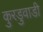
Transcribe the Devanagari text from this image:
कुरडुवाडी